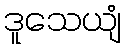
ဒူသေယျံ